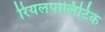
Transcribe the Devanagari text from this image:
रियलपोलिटिक